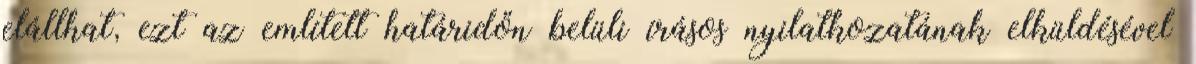
elállhat, ezt az említett határidőn belüli írásos nyilatkozatának elküldésével